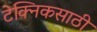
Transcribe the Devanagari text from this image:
टेक्निकसाठी